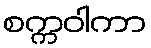
စက္ကဝါကာ